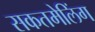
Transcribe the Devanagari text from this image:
सकतमेलिंग